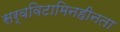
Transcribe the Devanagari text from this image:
सर्वविटामिनहीनता